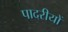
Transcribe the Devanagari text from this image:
पादरीयों